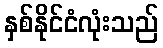
နှစ်နိုင်ငံလုံးသည်